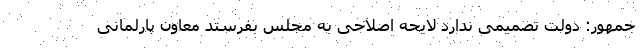
جمهور: دولت تصمیمی ندارد لایحه اصلاحی به مجلس بفرستد معاون پارلمانی